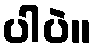
ပါပဲ။